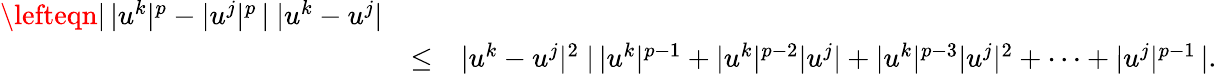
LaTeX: \begin{array}{rlr}{\lefteqn{|\, |u^{k}|^{p}-|u^{j}|^{p}\, |\ |u^{k}-u^{j}|}}\\ &{\leq}&{|u^{k}-u^{j}|^{2}\ |\, |u^{k}|^{p-1}+|u^{k}|^{p-2}|u^{j}|+|u^{k}|^{p-3}|u^{j}|^{2}+\cdots+|u^{j}|^{p-1}\, |.}\end{array}